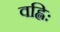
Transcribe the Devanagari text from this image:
वह्निः